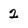
Character: 2